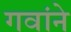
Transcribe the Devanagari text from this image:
गवांने